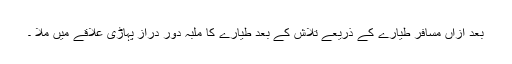
بعد ازاں مسافر طیارے کے ذریعے تلاش کے بعد طیارے کا ملبہ دور دراز پہاڑی علاقے میں ملا ۔